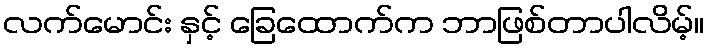
လက်မောင်း နှင့် ခြေထောက်က ဘာဖြစ်တာပါလိမ့်။